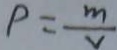
P = \frac { m } { v }